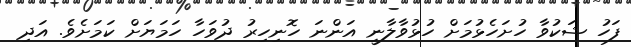
ފަހު ޝަކުވާ ހުށަހެޅުމަށް ހުޅުވާލާނީ އަންނަ ހޮނިހިރު ދުވަހާ ހަމަޔަށް ކަމަށެވެ. އަދި